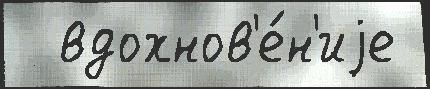
  вдохнов'е́н'иjе